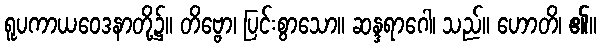
ရူပကာယဝေဒနာတို့၌။ တိဗ္ဗော၊ ပြင်းစွာသော။ ဆန္ဒရာဂေါ၊ သည်။ ဟောတိ၊ ၏။